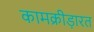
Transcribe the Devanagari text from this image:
कामक्रीड़ारत